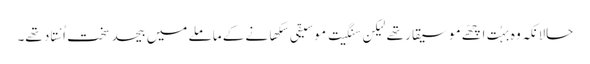
حالانکہ وہ بہُت اچھّے موسیقار تھے لیکِن سنگِیت مَوسِیقی سِکھانے کے ماملے میں بیحد سخت اُسْتاد تھے۔